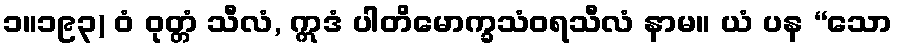
၁။၁၉၃) ဝံ ဝုတ္တံ သီလံ, ဣဒံ ပါတိမောက္ခသံဝရသီလံ နာမ။ ယံ ပန “သော